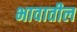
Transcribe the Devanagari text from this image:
भावातील